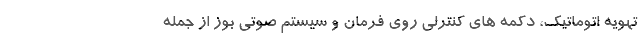
تهویه اتوماتیک، دکمه های کنترلی روی فرمان و سیستم صوتی بوز از جمله